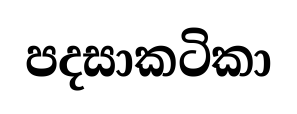
පදසාකටිකා